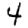
Digit: 4